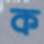
ক